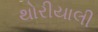
થોરીયાલી